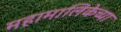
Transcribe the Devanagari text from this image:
महामालिकेच्या